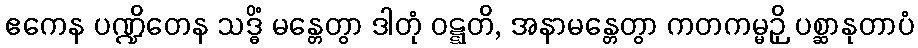
ဧကေန ပဏ္ဍိတေန သဒ္ဓိံ မန္တေတွာ ဒါတုံ ဝဋ္ဋတိ, အနာမန္တေတွာ ကတကမ္မဉှိ ပစ္ဆာနုတာပံ